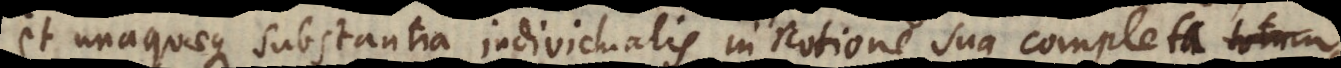
et unaquaeque substantia individualis in notione sua completa totum